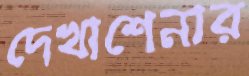
দেখাশেনার